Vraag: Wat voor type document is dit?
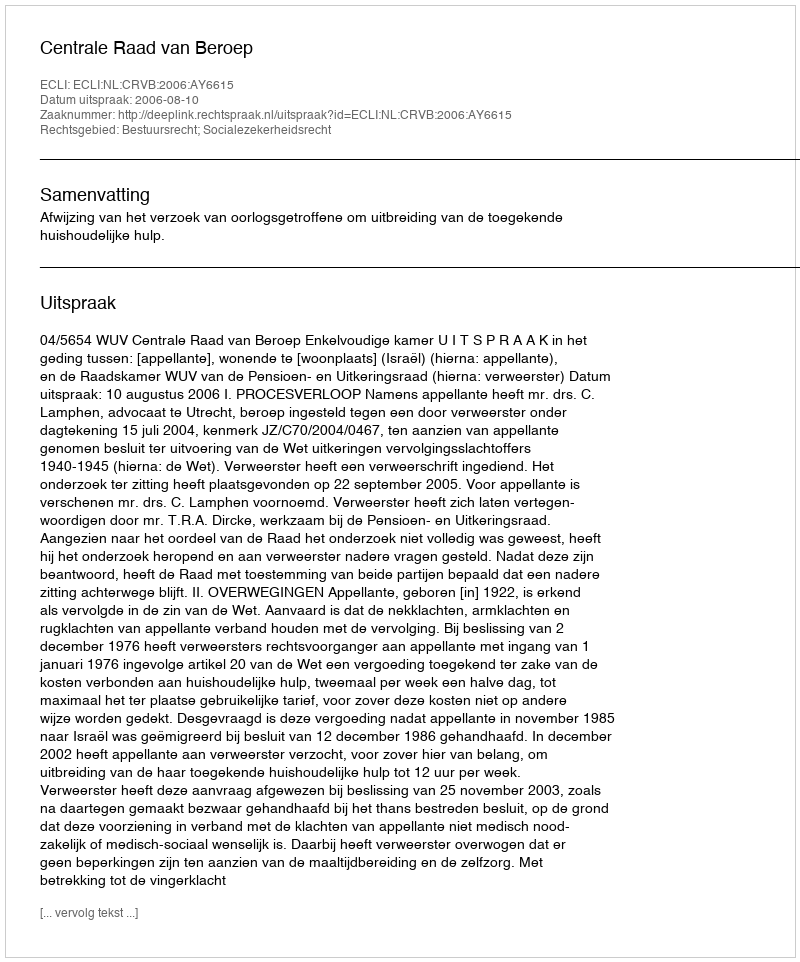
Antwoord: Uitspraak